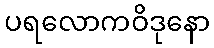
ပရလောကဝိဒုနော